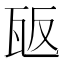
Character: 瓪